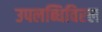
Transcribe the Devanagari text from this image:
उपलब्धिविरल